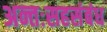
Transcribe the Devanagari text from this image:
अन्तःसहसंबंध